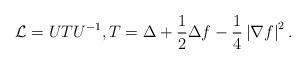
LaTeX: \begin{align*}\mathcal{L}=UTU^{-1}, T=\Delta+\frac{1}{2}\Delta f-\frac{1}{4}\left|\nabla f\right|^{2}.\end{align*}